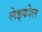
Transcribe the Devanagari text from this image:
लेइकोल